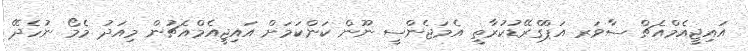
އައިޖީއެމްއެޗް ސާވަރ އަޕްގްރޭޑުކުރާތީ އެމަޖެންސީ ނޫން ކަންކަމަށް އައިޖީއެމްއެޗުން މިއަދު މެމޯ ނުހެދޭ